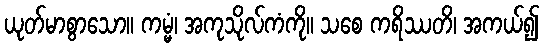
ယုတ်မာစွာသော။ ကမ္မံ၊ အကုသိုလ်ကံကို။ သစေ ကရိဿတိ၊ အကယ်၍